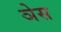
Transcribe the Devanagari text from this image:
ञेस